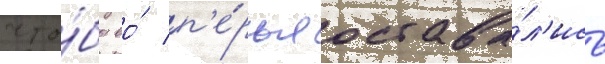
что́бы ео́ п'е́рья остава́л'ись